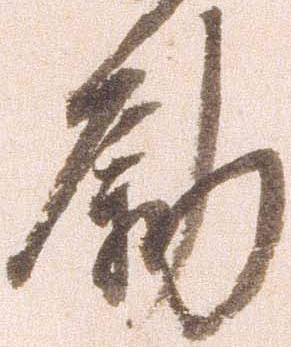
励